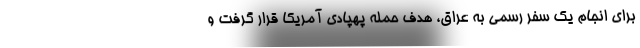
برای انجام یک سفر رسمی به عراق، هدف حمله پهپادی آمریکا قرار گرفت و